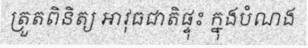
ត្រួតពិនិត្យ អាវុធជាតិផ្ទុះ ក្នុងបំណង